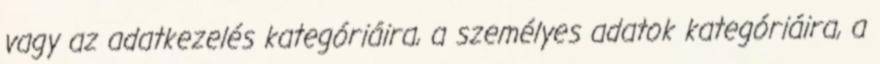
vagy az adatkezelés kategóriáira, a személyes adatok kategóriáira, a